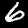
Digit: 6